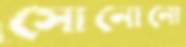
সোনোনো